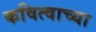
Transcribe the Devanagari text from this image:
कवित्वाच्या